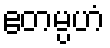
ဧတမ္ပဟံ